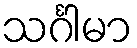
သင်္ဂါမာ